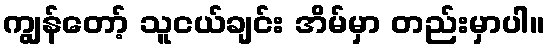
ကျွန်တော့် သူငယ်ချင်း အိမ်မှာ တည်းမှာပါ။